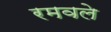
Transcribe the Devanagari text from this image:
रमवले